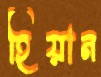
হিয়ান